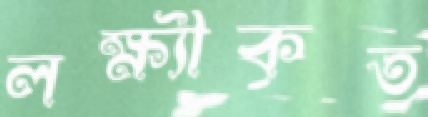
লক্ষ্যীকৃত